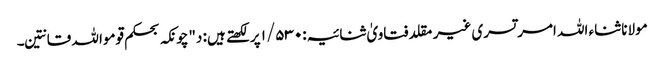
مولانا ثناء اللہ امرتسری غیر مقلد فتاویٰ ثنائیہ:۱/۵۳۰ پر لکھتے ہیں: د"چونکہ بحکم قوموا للہ قانتین۔